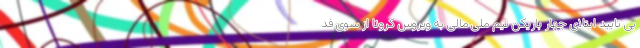
پی تایید ابتلای چهار بازیکن تیم ملی مالی به ویروس کرونا از سوی فد